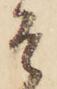
そ